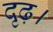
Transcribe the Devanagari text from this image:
दृढ़।